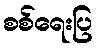
စစ်ရေးပြ